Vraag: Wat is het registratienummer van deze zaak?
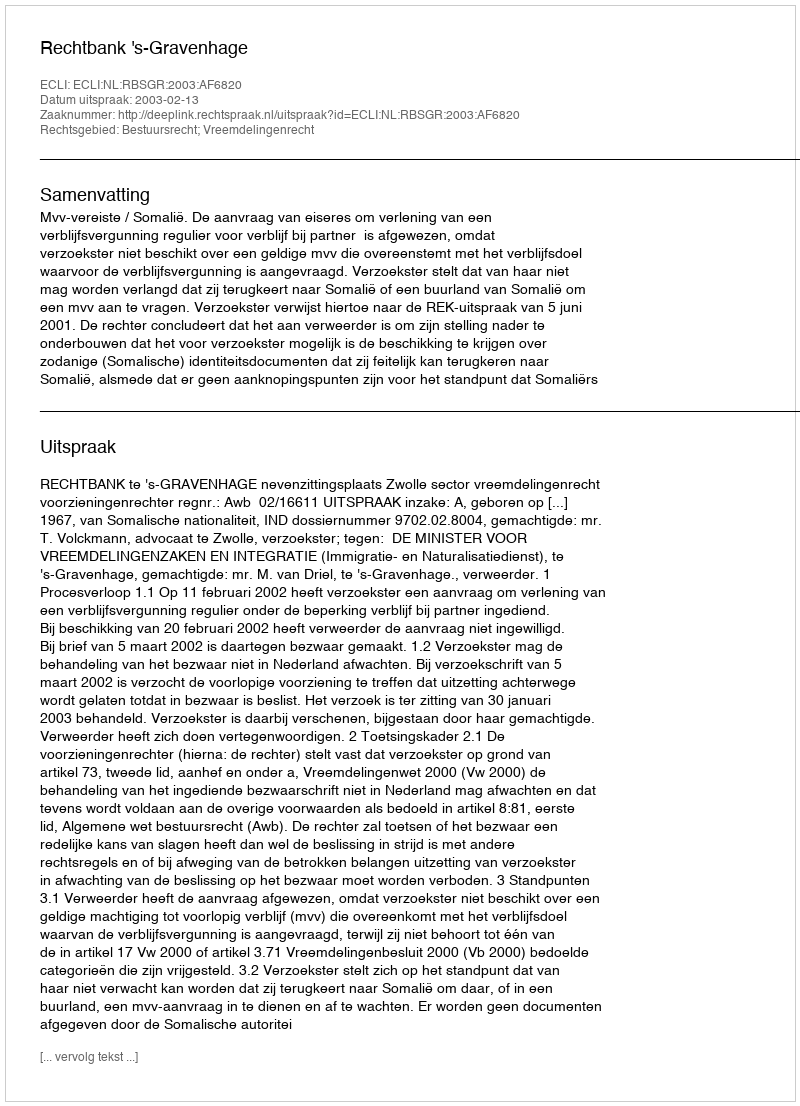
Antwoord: http://deeplink.rechtspraak.nl/uitspraak?id=ECLI:NL:RBSGR:2003:AF6820